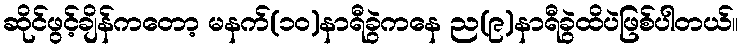
ဆိုင်ဖွင့်ချိန်ကတော့ မနက်(၁၀)နာရီခွဲကနေ ည(၉)နာရီခွဲထိပဲဖြစ်ပါတယ်။